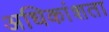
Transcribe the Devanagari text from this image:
अधिकांशता